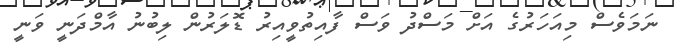
ނަމަވެސް މިއަހަރުގެ އަށް މަސްދު ވަސް ފާއިތުވީއިރު ޑޮލަރުން ލިބުނު އާމްދަނީ ވަނީ